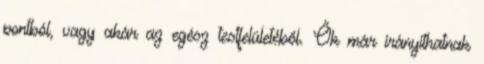
pontból, vagy akár az egész testfelületéből. Ők már irányíthatnak